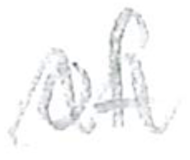
Text: of
Cross-out: wave
Writing tool: pencil